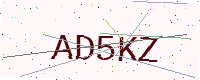
Text: AD5KZ